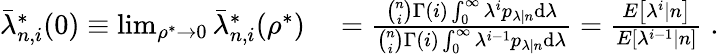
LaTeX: \begin{array}{rl}{\bar{\lambda}_{n,i}^{*}(0)\equiv\operatorname*{lim}_{\rho^{*}\to 0}\bar{\lambda}_{n,i}^{*}(\rho^{*})}&{{}=\frac{\binom{n}{i}\Gamma(i)\int_{0}^{\infty}\lambda^{i}p_{\lambda|n}\mathrm{d}\lambda}{\binom{n}{i}\Gamma(i)\int_{0}^{\infty}\lambda^{i-1}p_{\lambda|n}\mathrm{d}\lambda}=\frac{E\left[\lambda^{i}|n\right]}{E\left[\lambda^{i-1}|n\right]}\; .}\end{array}